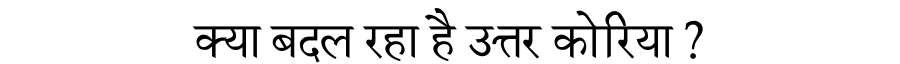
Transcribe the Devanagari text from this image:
क्या बदल रहा है उत्तर कोरिया ?